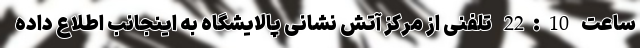
ساعت 22:10 تلفنی از مرکز آتش نشانی پالایشگاه به اینجانب اطلاع داده